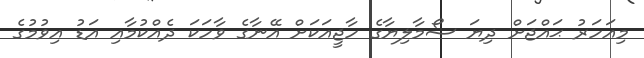
މިއަހަރު ޙައްޖަށް ދިޔަ ސޯމާލިޔާގެ ހާޖީއަކަށް އޭނާގެ ވާހަކަ ދެއްކުމާއި އަޑު އިވުމުގެ